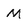
Character: M